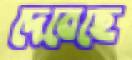
দেবেছে